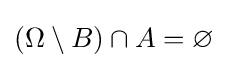
(\Omega \setminus B)\cap A=\varnothing